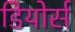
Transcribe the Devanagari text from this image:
डियोर्स